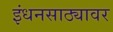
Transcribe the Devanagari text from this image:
इंधनसाठ्यावर